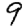
Digit: 9